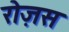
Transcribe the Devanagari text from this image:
रोज़स